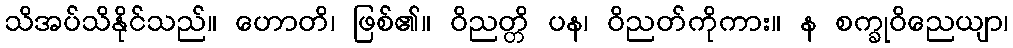
သိအပ်သိနိုင်သည်။ ဟောတိ၊ ဖြစ်၏။ ဝိညတ္တိ ပန၊ ဝိညတ်ကိုကား။ န စက္ခုဝိညေယျာ၊